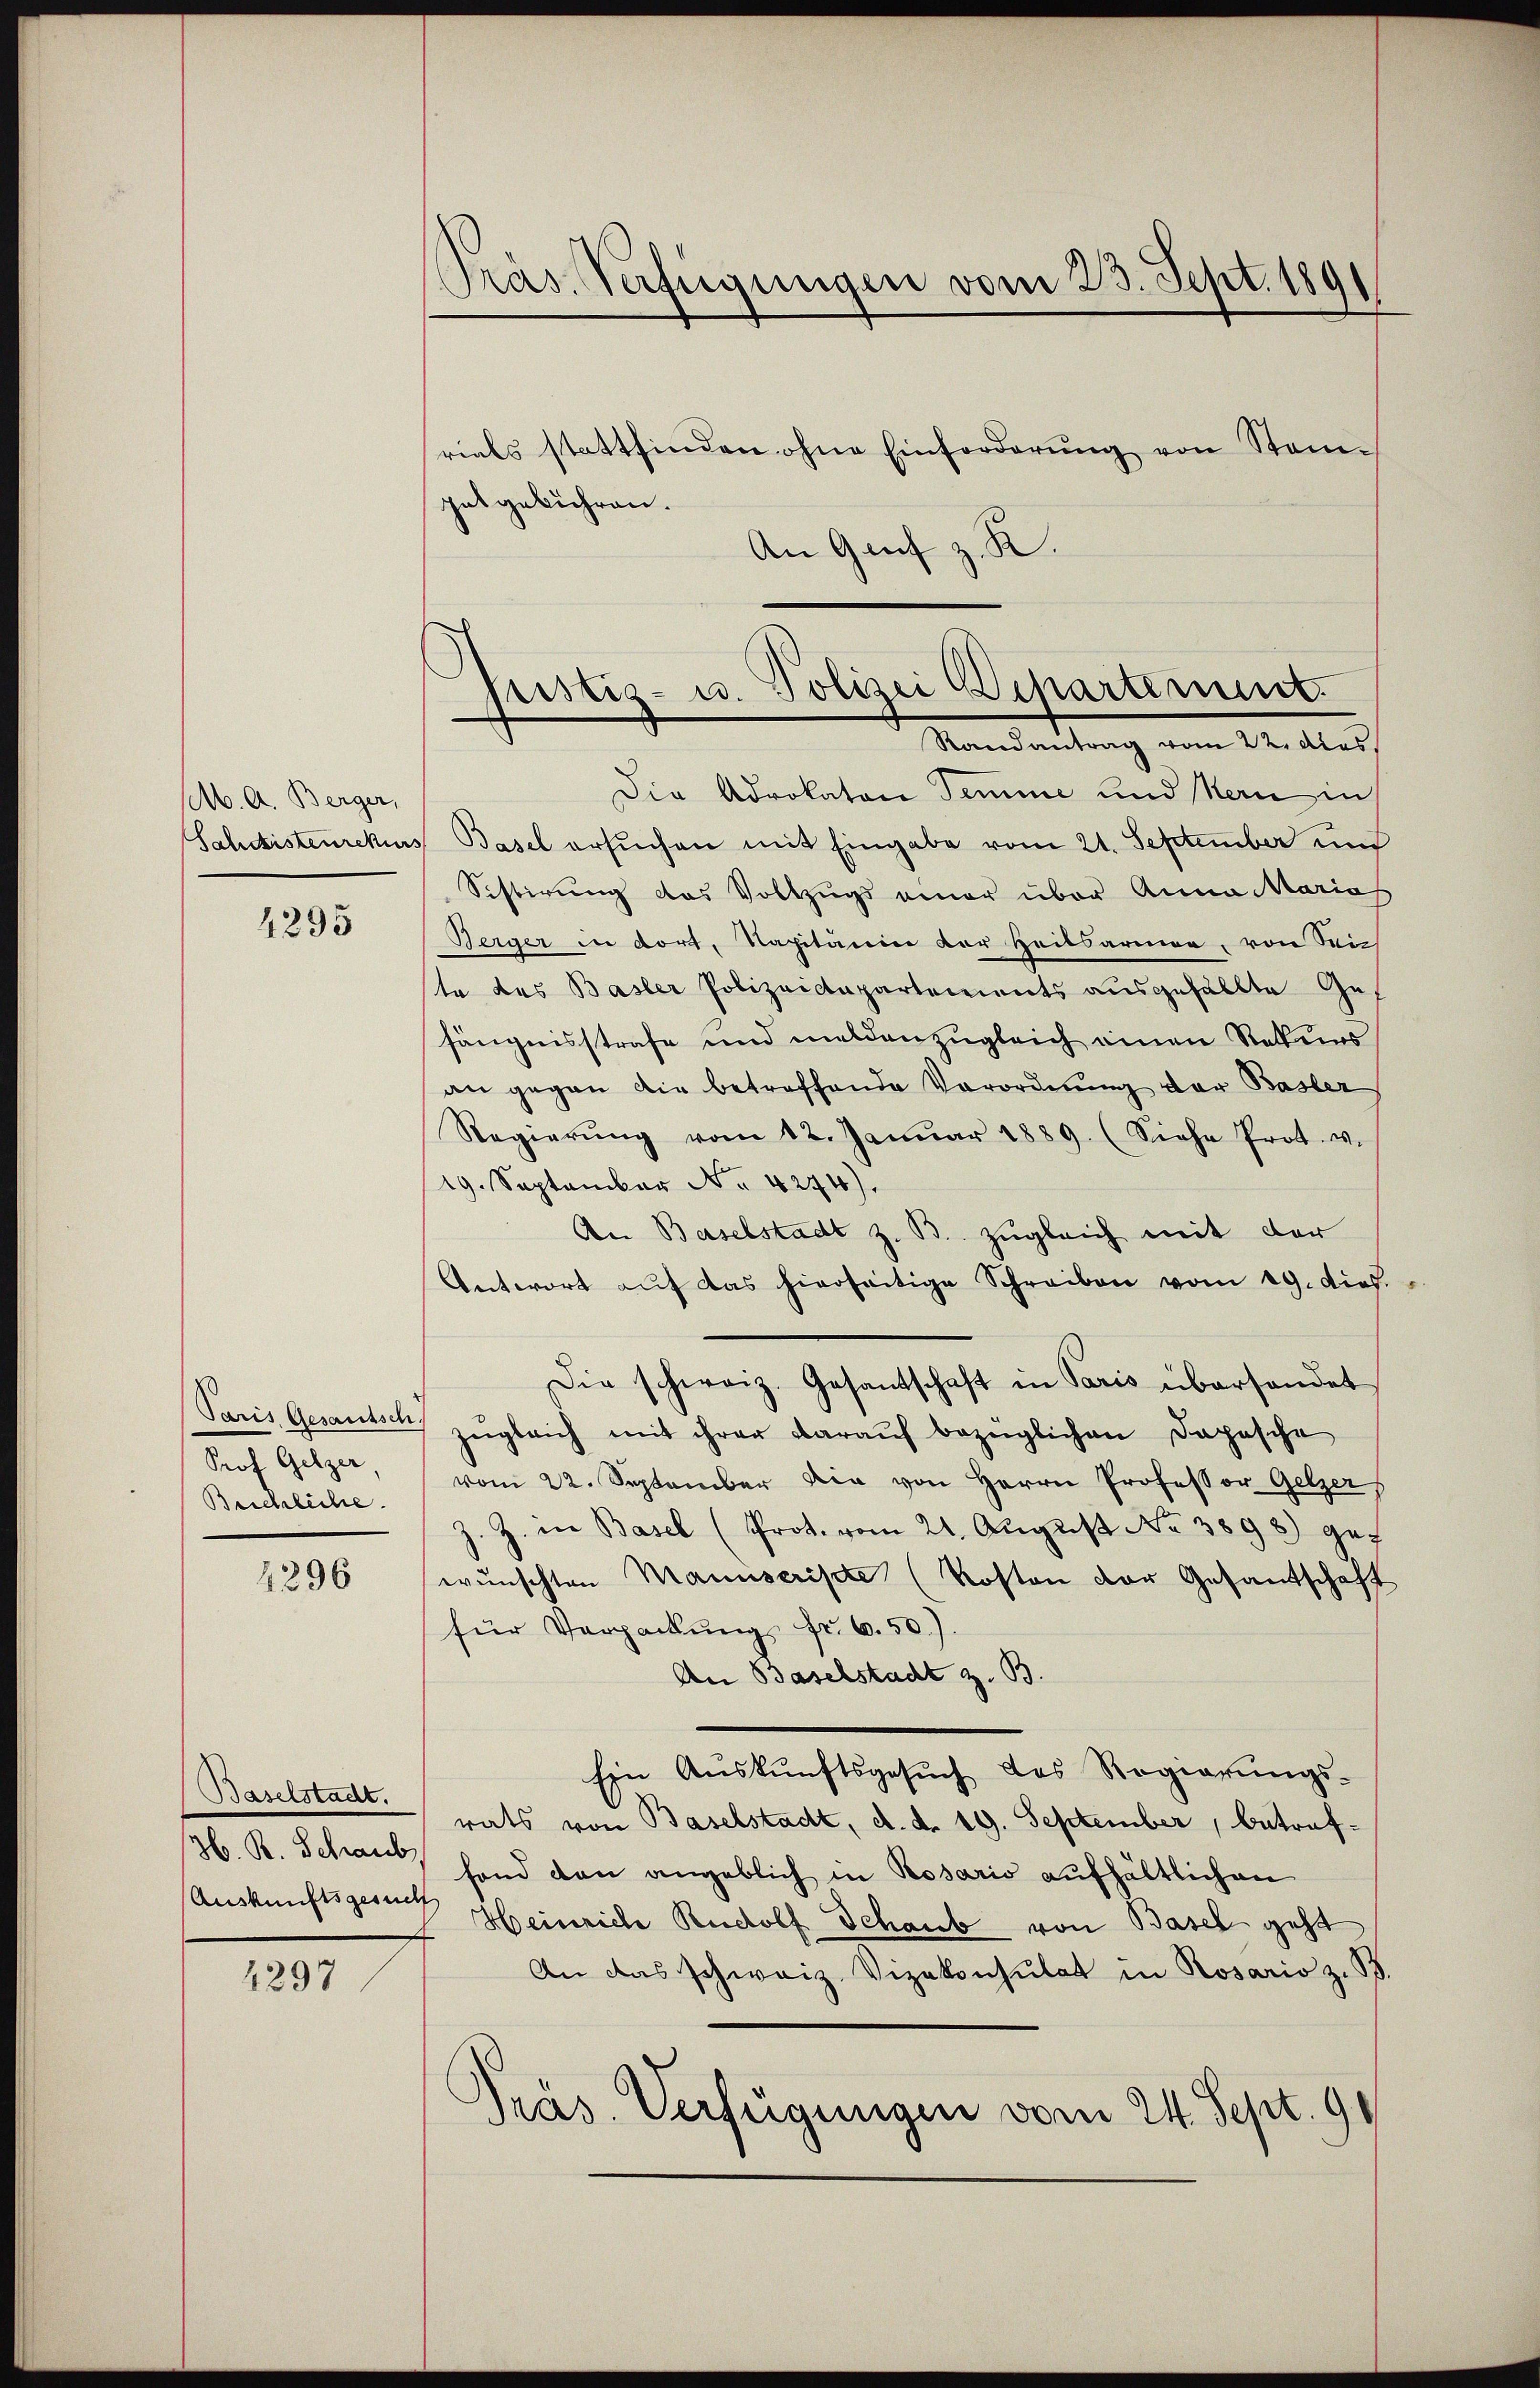
M. A. Berger,
Sahdkistenrekurs

4295

Paris Gesantsch
Prof. Gelzer
Beichliche.

4296

Baselstadt.
H. R. Schaub
Auskunftsgesu

4297

Präs. Verfügungen vom 23. Sept. 189

Justiz- u. Polizei Departement.
Randantrag vom 22. dies

rials stattfinden ohne Einforderung von Steigutgebühren.
An Genf z. K.
Die Advokator Semme und Mein in
Basel ersuchen mit Eingabe vom 21. September und
Sistirung des Vollzugs einer über Anna Maria
Berger in dort, Kapitaire der Heilsarmen, von Seite des Basler Polizeictapartements ausgefällte Ge-
fängnisstrafe und melden zugleich einen Rekurs
an gegen die betreffende Verordnung der Basler
Regierŭng vom 12. Janŭar 1889. (Siehe Prot. v.
19. September No 4244).
An Baselstadt z. B. zugleich mit der
Antwort aŭf das hierseitige Schreiben vom 19. dies.
Die schweiz. Gesantschaft in Paris überhandet
zŭgleich mit ihrer daraŭf bezüglichen Dopasche
vom 22. September die von Herrn Professor Gelzer
J. Z. in Basel (Prot. vom 21. August No 3898) gef
wünschten Manuscripte (Kosten der Gesandschaft
für Verpackung fr. 6.50).
An Baselstadt z. B.
Ein Aŭskŭnftsgesŭch des Regierŭngs-
rats von Baselstadt, d. d. 19. September, betreffond den angeblich in Rosario aufhältlichen
t
Heinriche Rudolf Schaub von Basel geht
An das schweiz. Vizekonsulat in Rosario z. B.
Präs. Verfügungen vom 24. Sept. 91